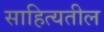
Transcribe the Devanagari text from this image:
साहित्यतील